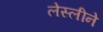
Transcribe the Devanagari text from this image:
लेस्‍लीने